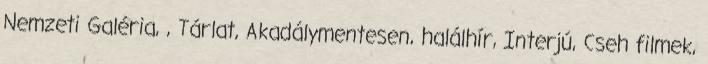
Nemzeti Galéria, , Tárlat, Akadálymentesen, halálhír, Interjú, Cseh filmek,